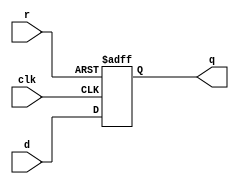
// dffar: D flip-flip with asynchronous reset
// Parametrized width; default of 1
module dffar #(parameter WIDTH = 1) (
    input clk,
    input r,
    input [WIDTH-1:0] d,
    output reg [WIDTH-1:0] q
);

    always @(posedge clk or negedge r)
        if (~r)
            q <= {WIDTH{1'b0}};
        else
            q <= d;

endmodule